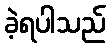
ခဲ့ရပါသည်